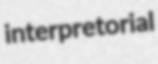
interpretorial